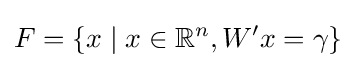
F=\left\{x\mid x\in \mathbb {R} ^{n},W'x=\gamma \right\}